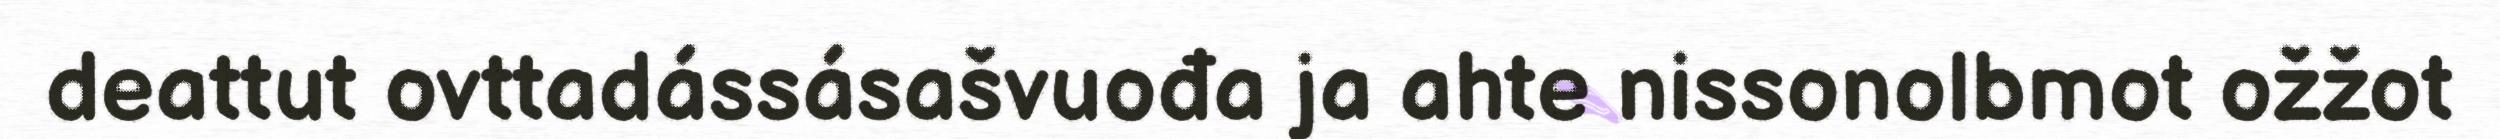
deattut ovttadássásašvuođa ja ahte nissonolbmot ožžot